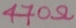
Text: 470Ω